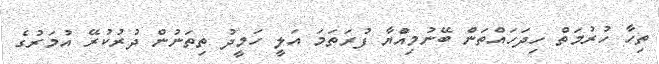
ތިހާ ހުރުމަތް ހިދަހައްތަން ބޭނުމިއްުޔާ ފުރަތަމަ އަލީ ހަމީދު ތިތަނުން ދުރުކުރޭ އުމަރުގެ